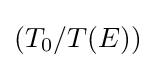
(T_{0}/T(E))